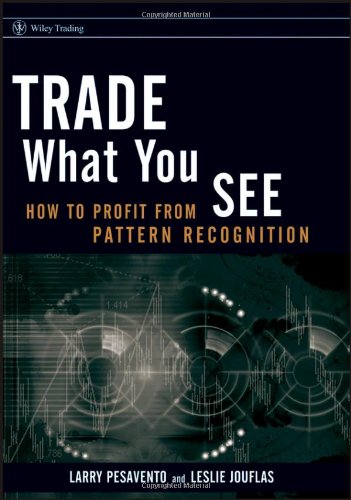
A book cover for Trade What You See: How To Profit from Pattern Recognition; Larry Pesavento; Business & Money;